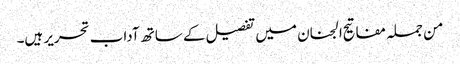
من جملہ مفاتیح الجنان میں تفصیل کے ساتھ آداب تحریر ہیں۔